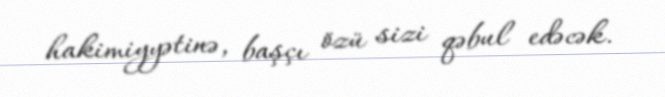
hakimiyyətinə, başçı özü sizi qəbul edəcək.